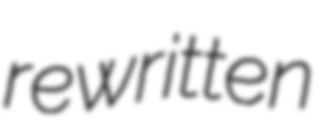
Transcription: rewritten